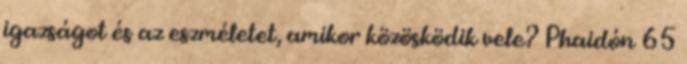
igazságot és az eszméletet, amikor közösködik vele? Phaidón 65